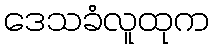
ဒေသခံလူထုက